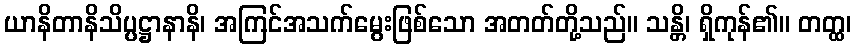
ယာနိတာနိသိပ္ပဋ္ဌာနာနိ၊ အကြင်အသက်မွေးဖြစ်သော အတတ်တို့သည်။ သန္တိ၊ ရှိကုန်၏။ တတ္ထ၊